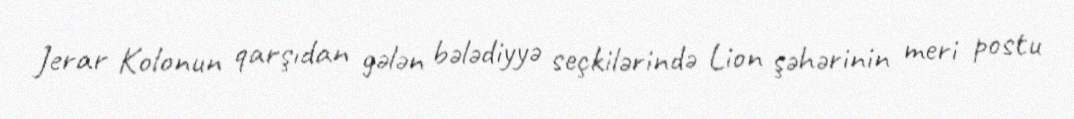
Jerar Kolonun qarşıdan gələn bələdiyyə seçkilərində Lion şəhərinin meri postu